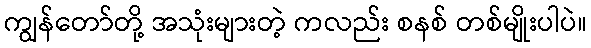
ကျွန်တော်တို့ အသုံးများတဲ့ ကလည်း စနစ် တစ်မျိုးပါပဲ။